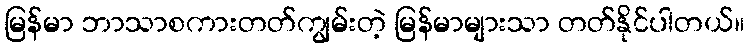
မြန်မာ ဘာသာစကားတတ်ကျွမ်းတဲ့ မြန်မာများသာ တတ်နိုင်ပါတယ်။